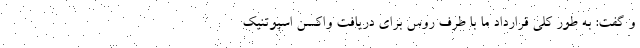
و گفت: به طور کلی قرارداد ما با طرف روس برای دریافت واکسن اسپوتنیک